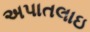
અપાતલાઇ